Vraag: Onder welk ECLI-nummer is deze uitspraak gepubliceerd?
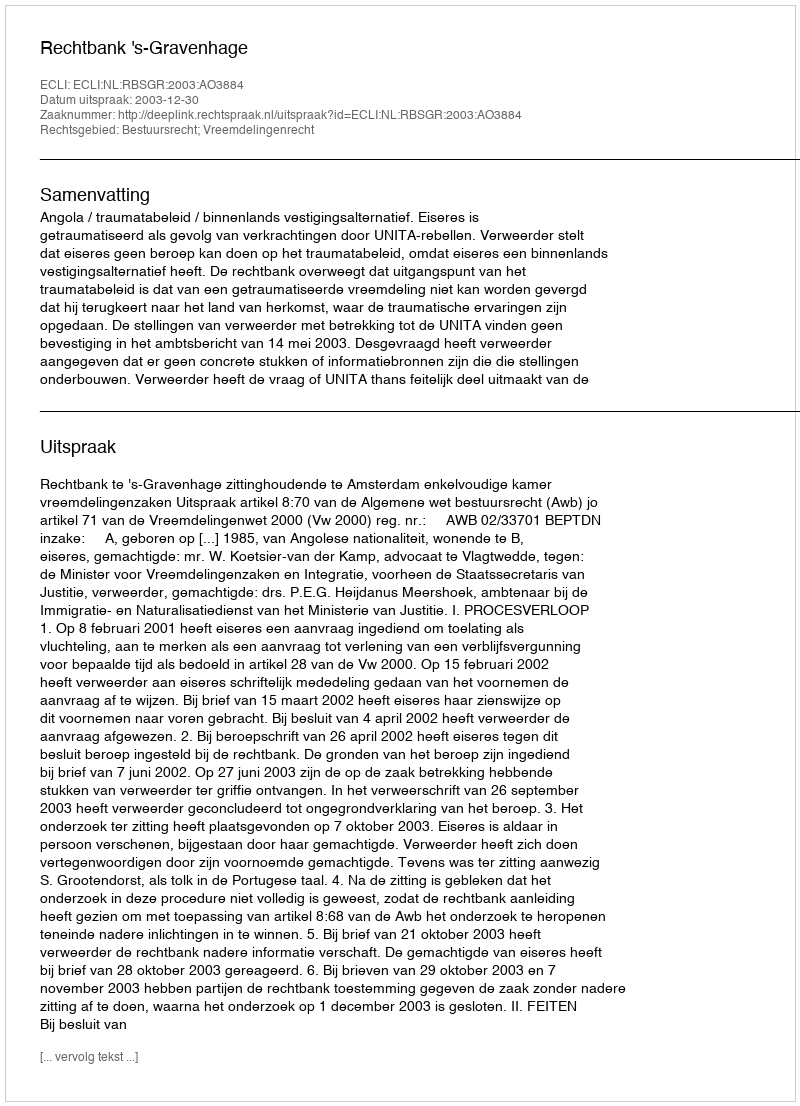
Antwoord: ECLI:NL:RBSGR:2003:AO3884